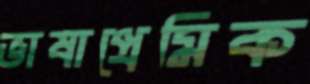
ভাষাপ্রেমিক